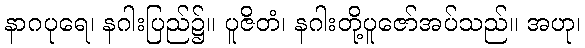
နာဂပုရေ၊ နဂါးပြည်၌။ ပူဇိတံ၊ နဂါးတို့ပူဇော်အပ်သည်။ အဟု၊